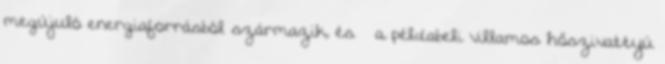
megújuló energiaforrásból származik, és – a példabeli villamos hőszivattyú